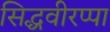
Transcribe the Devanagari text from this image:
सिद्धवीरप्पा